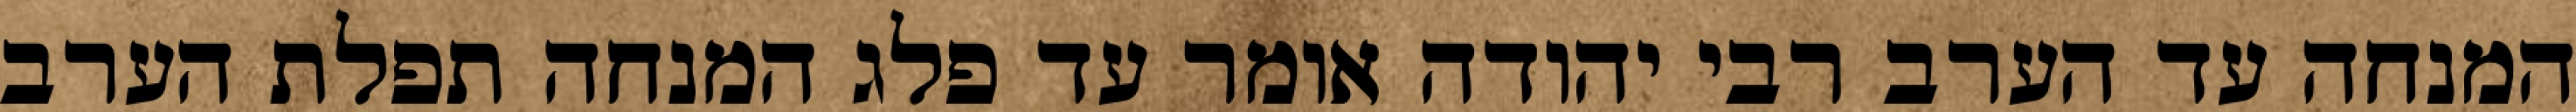
המנחה עד הערב רבי יהודה אומר עד פלג המנחה תפלת הערב